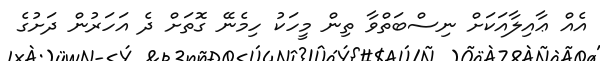
އެއް ޢާއިލާއަކަށް ނިސްބަތްވާ ތިން މީހަކު ހިމެނޭ ގޮތަށް ދެ އަހަރުން ދަށުގެ